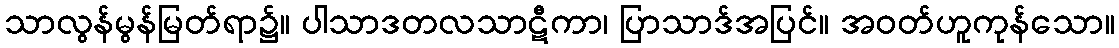
သာလွန်မွန်မြတ်ရာ၌။ ပါသာဒတလသာဋီကာ၊ ပြာသာဒ်အပြင်။ အဝတ်ဟူကုန်သော။